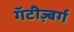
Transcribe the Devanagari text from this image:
गॅटीज़्बर्ग